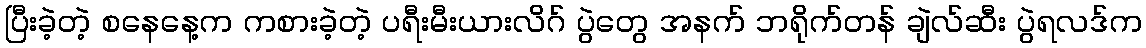
ပြီးခဲ့တဲ့ စနေနေ့က ကစားခဲ့တဲ့ ပရီးမီးယားလိဂ် ပွဲတွေ အနက် ဘရိုက်တန် ချဲလ်ဆီး ပွဲရလဒ်က